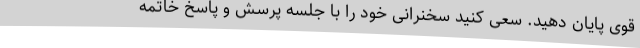
قوی پایان دهید. سعی کنید سخنرانی خود را با جلسه پرسش و پاسخ خاتمه